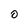
Character: O